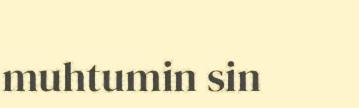
muhtumin sin